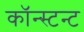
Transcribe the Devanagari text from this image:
कॉन्स्टन्ट